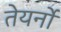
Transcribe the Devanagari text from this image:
तेयर्नों